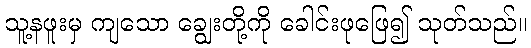
သူ့နဖူးမှ ကျသော ချွေးတို့ကို ခေါင်းဖုဖြေ၍ သုတ်သည်။